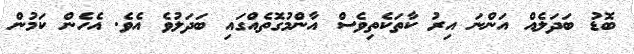
ބޮޑު ބަދަލެއް އަންނަ އިރު ކާތަކެތިވެސް އާންމުގޮތެއްގައި ބަދަލުވެ އެވެ. އެހެން ކަމުން